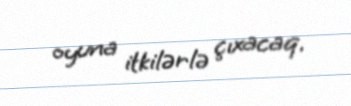
oyuna itkilərlə çıxacaq.